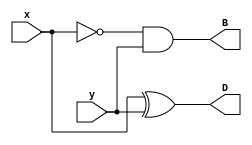
`timescale 1ns/100ps
module half_substractor(input wire x,y,output wire D,B);
assign D=x^y;
assign B=(~x)&&y;
endmodule


module full_substractor(input wire x,y,z,output wire D,B);

wire tmpD,tmpB,tmpB2;

half_substractor hs1(x,y,tmpD,tmpB);
half_substractor hs2(tmpD,z,D,tmpB2);
assign B=tmpB||tmpB2;

endmodule

module tb_full_substractor();
reg x,y,z;
wire D,B;

full_substractor tst(x,y,z,D,B);

initial begin

x=0;y=0;z=0;
#250; x=1;y=1;z=0;
#250; x=0; y=1;z=1;
#250; x=0; y=1;z=1;
#250; x=1; y=1;z=0;
#250; x=0; y=0;z=1;

end

endmodule